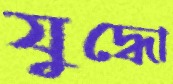
যুদ্ধো